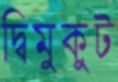
দ্বিমুকুট